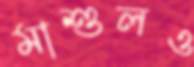
মাশুলও